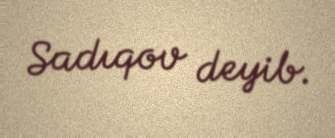
Sadıqov deyib.